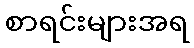
စာရင်းများအရ